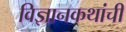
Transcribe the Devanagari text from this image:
विज्ञानकथांची